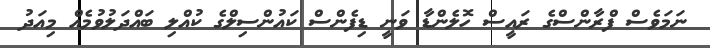
ނަމަވެސް ފްރާންސްގެ ރައީސް ހޮލެންޑާ ވަނީ ޑިފެންސް ކައުންސިލްގެ ކުއްލި ބައްދަލުވުމެއް މިއަދު